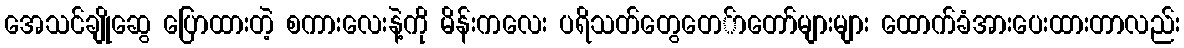
အေသင်ချိုဆွေ ပြောထားတဲ့ စကားလေးနဲ့ကို မိန်းကလေး ပရိသတ်တွေတေ်ာတော်များများ ထောက်ခံအားပေးထားတာလည်း